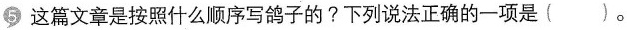
5这篇文章是按照什么顺序写鸽子的?下列说法正确的一项是( )。